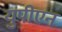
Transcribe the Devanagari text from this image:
युपीएन